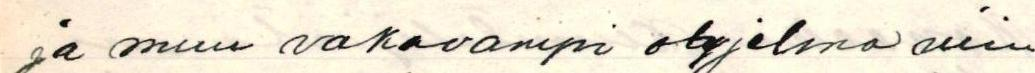
ja muu vakavampi ohjelma niin